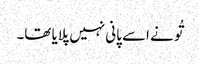
تُو نے اسے پانی نہیں پلایا تھا۔